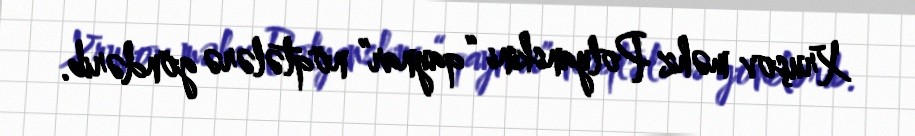
Xruşov məhz Polyanskini “qaynar” nöqtələrə göndərib.